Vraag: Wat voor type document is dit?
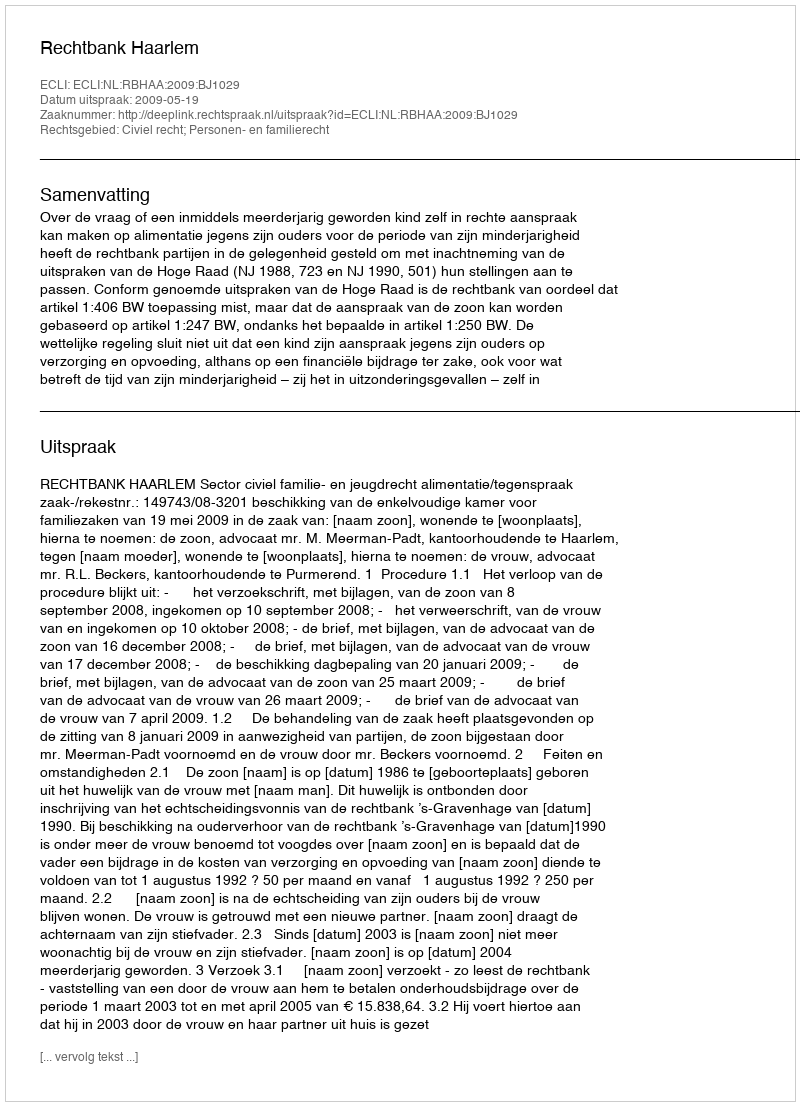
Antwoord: Uitspraak